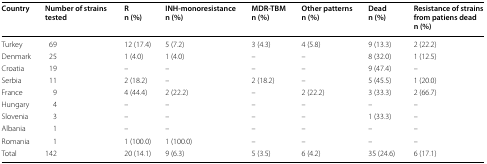
| Country | Number of strains tested | R n (%) | INH-monoresistance n (%) | MDR-TBM n (%) | Other patterns n (%) | Dead n (%) | Resistance of strains from patiens dead n (%) |
 | --- | --- | --- | --- | --- | --- | --- | --- |
 | Turkey | 69 | 12 (17.4) | 5 (7.2) | 3 (4.3) | 4 (5.8) | 9 (13.3) | 2 (22.2) |
 | Denmark | 25 | 1 (4.0) | 1 (4.0) | – | – | 8 (32.0) | 1 (12.5) |
 | Croatia | 19 | – | – | – | – | 9 (47.4) | – |
 | Serbia | 11 | 2 (18.2) | – | 2 (18.2) | – | 5 (45.5) | 1 (20.0) |
 | France | 9 | 4 (44.4) | 2 (22.2) | – | 2 (22.2) | 3 (33.3) | 2 (66.7) |
 | Hungary | 4 | – | – | – | – | – | – |
 | Slovenia | 3 | – | – | – | – | 1 (33.3) | – |
 | Albania | 1 | – | – | – | – | – | – |
 | Romania | 1 | 1 (100.0) | 1 (100.0) | – | – | – | – |
 | Total | 142 | 20 (14.1) | 9 (6.3) | 5 (3.5) | 6 (4.2) | 35 (24.6) | 6 (17.1) |